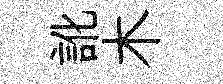
訛木